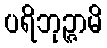
ပရိဘုဉ္ဇာမိ